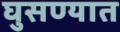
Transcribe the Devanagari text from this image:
घुसण्यात